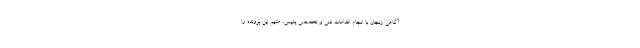
آگاهی زنجان با انجام اقدامات فنی و تخصصی پلیس، متهم این پرونده را